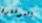
الموظفون